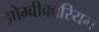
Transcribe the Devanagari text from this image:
झोम्बीक्वेरियम